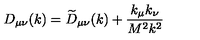
D _ { \mu \nu } ( k ) = \widetilde { D } _ { \mu \nu } ( k ) + \frac { k _ { \mu } k _ { \nu } } { M ^ { 2 } k ^ { 2 } }